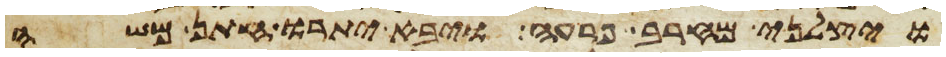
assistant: ויצלני מחרב פרעה ויבא יתרו חתן משה